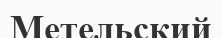
Метельский